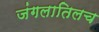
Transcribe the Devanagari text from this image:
जंगलातिलच